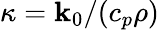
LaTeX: \kappa=\mathbf{k}_{0}/(c_{p}\rho)